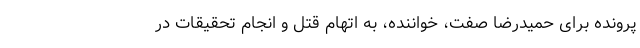
پرونده برای حمیدرضا صفت، خواننده، به اتهام قتل و انجام تحقیقات در